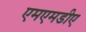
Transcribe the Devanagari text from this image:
एमएमडीए